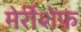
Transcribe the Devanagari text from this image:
मेर्रीशेफ़